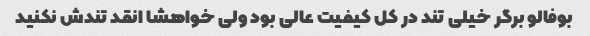
بوفالو برگر خیلی تند در کل کیفیت عالی بود ولی خواهشا انقد تندش نکنید